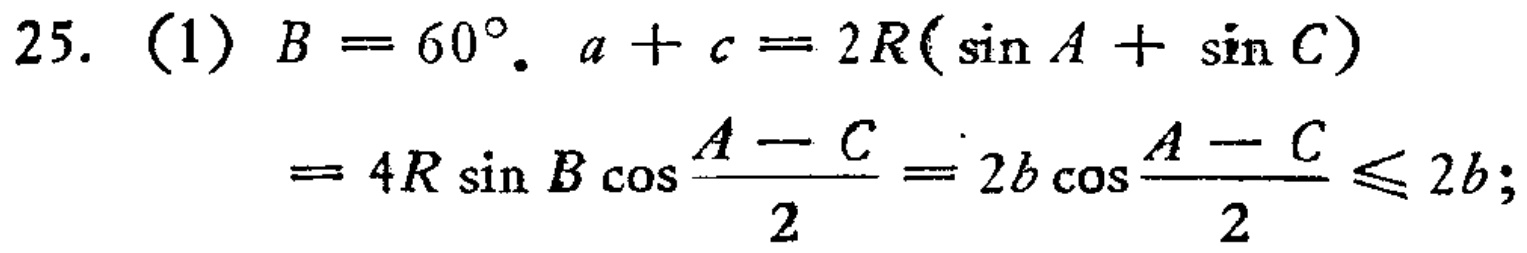
25. (1) \(B = 60^{\circ}\). \(a + c = 2R(\sin A+\sin C)\)
\(= 4R\sin B\cos\frac{A - C}{2}=2b\cos\frac{A - C}{2}\leq 2b\);